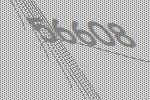
56608